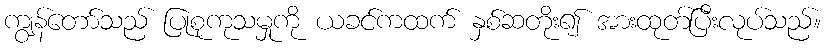
ကျွန်တော်သည် ပြုစုကုသမှုကို ယခင်ကထက် နှစ်ဆတိုး၍ အားထုတ်ပြီးလုပ်သည်။